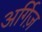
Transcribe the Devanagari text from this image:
अर्गिज़